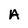
Character: A